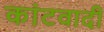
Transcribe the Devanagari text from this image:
कांटवादी